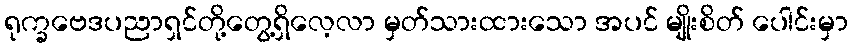
ရုက္ခဗေဒပညာရှင်တို့တွေ့ရှိလေ့လာ မှတ်သားထားသော အပင် မျိုးစိတ် ပေါင်းမှာ